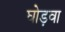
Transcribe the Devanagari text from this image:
घोड़वा